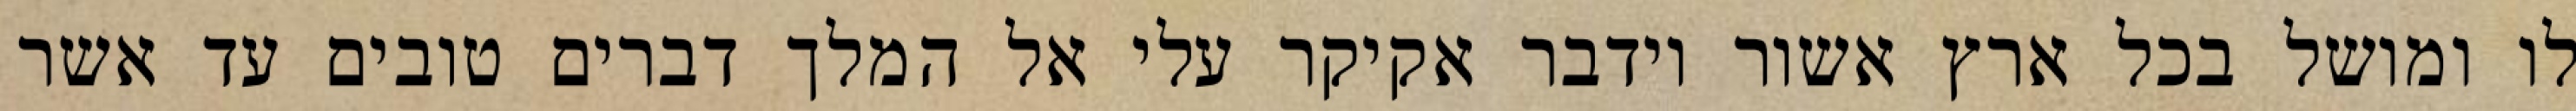
לו ומושל בכל ארץ אשור וידבר אקיקר עלי אל המלך דברים טובים עד אשר